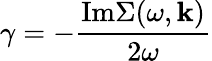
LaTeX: \gamma=-\frac{\mathrm{Im}\Sigma(\omega,{\mathbf k})}{2\omega}